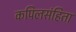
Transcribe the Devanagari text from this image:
कपिलसंहिता